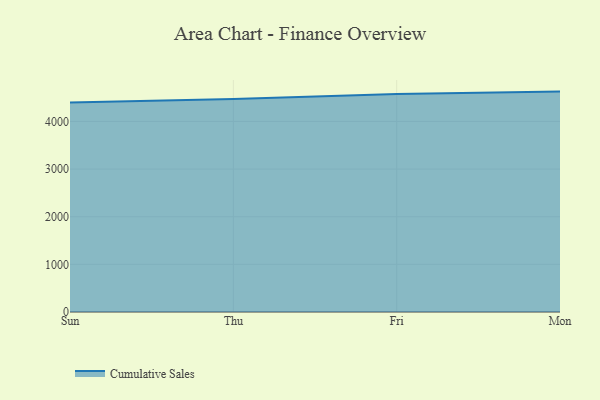
{"axis": {"x": "Day", "y": "Headcount"}, "legend": ["Cumulative Sales"], "data": [{"x": "Sun", "y": 4397.8, "type": "Cumulative Sales"}, {"x": "Thu", "y": 4471.5, "type": "Cumulative Sales"}, {"x": "Fri", "y": 4575.6, "type": "Cumulative Sales"}, {"x": "Mon", "y": 4626.9, "type": "Cumulative Sales"}]}